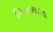
વિનાશકતા